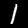
Digit: 1